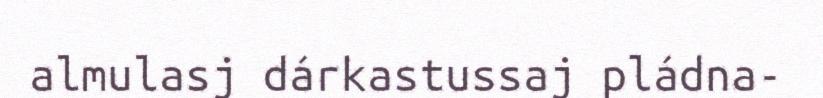
almulasj dárkastussaj pládna-